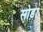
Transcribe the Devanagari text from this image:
सोड़ा